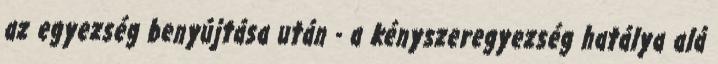
az egyezség benyújtása után - a kényszeregyezség hatálya alá